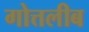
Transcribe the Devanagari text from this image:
गोत्तलीब